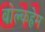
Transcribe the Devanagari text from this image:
वोल्कहेम